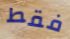
فقط